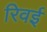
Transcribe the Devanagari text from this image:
रिवई